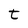
Character: t